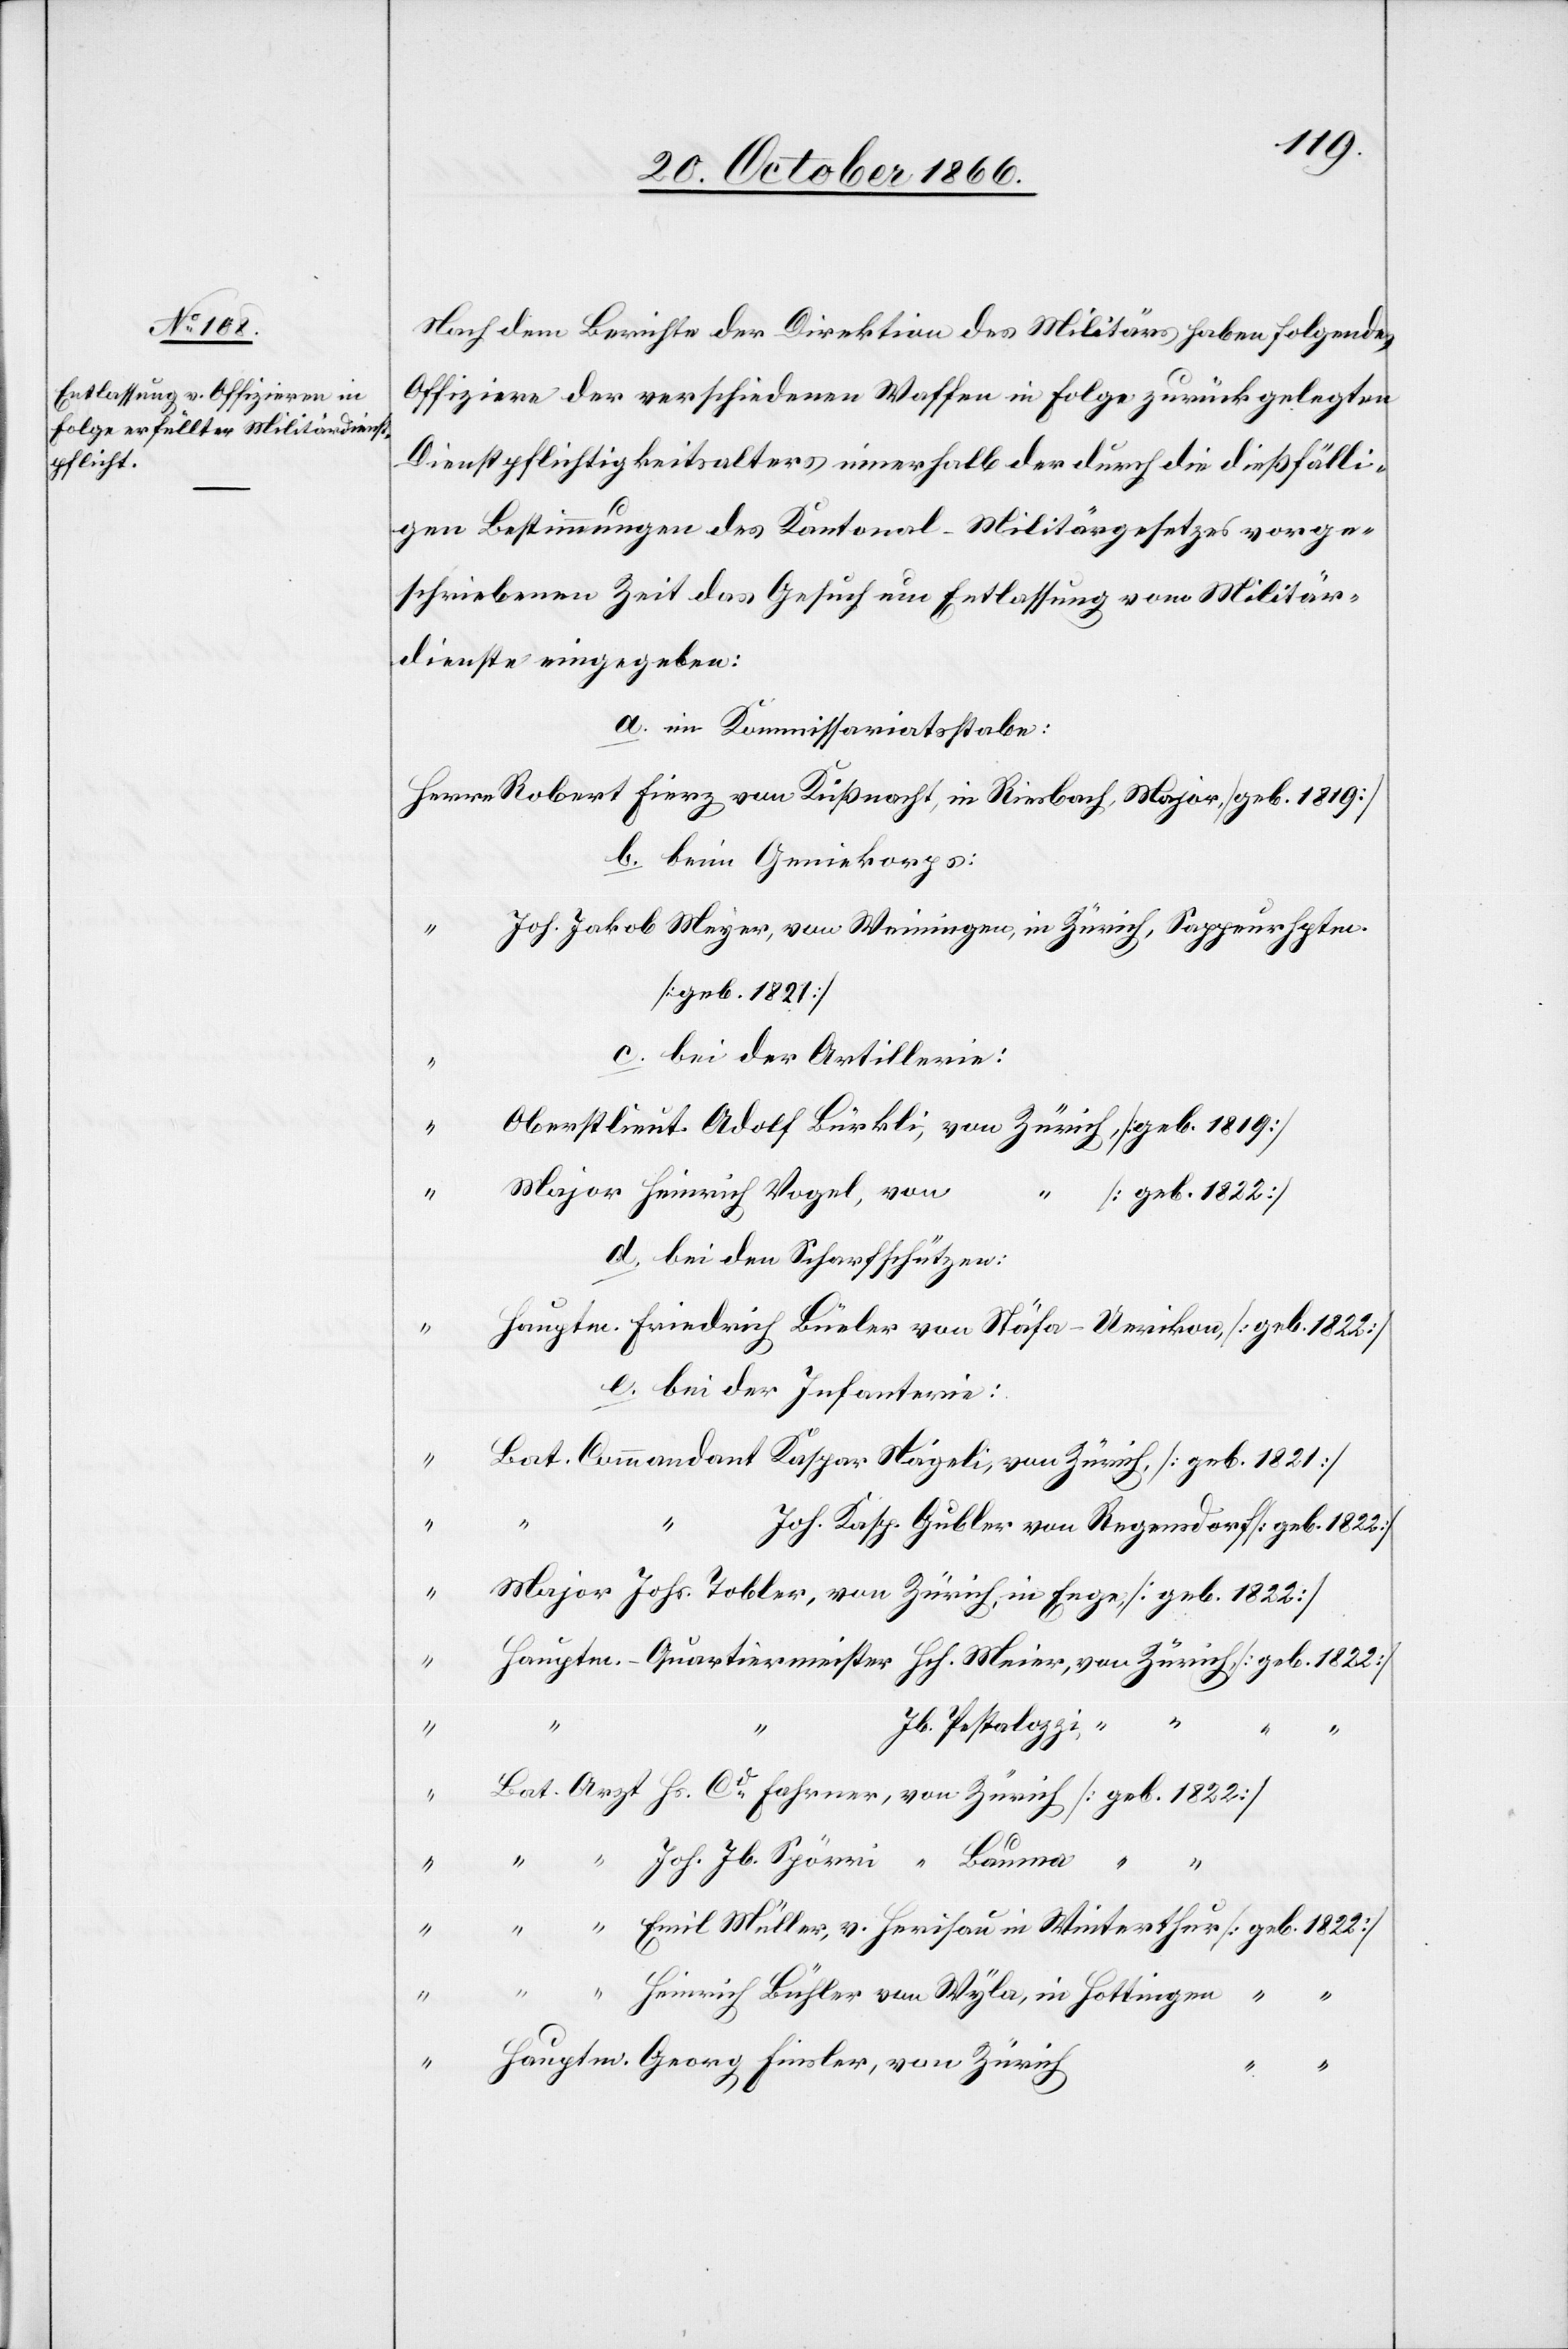
Nach dem Berichte der Direktion des Militärs haben folgende
Offiziere der verschiedenen Waffen in Folge zurückgelegten
Dienstpflichtigkeitsalters innerhalb der durch die dießfälli¬
gen Bestimmungen des Kantonal-Militärgesetzes vorge¬
schriebenen Zeit das Gesuch um Entlassung vom Militär¬
dienste eingegeben:
a. im Kommissariatsstabe:
Herrn Robert Fierz von Küßnacht, in Riesbach, Major. [geb. 1819]
b. beim Geniekorps:
Joh. Jakob Meyer, von Weiningen, in Zürich, Sappeurhptm.
[geb. 1821]
c. bei der Artillerie:
Oberstlieut. Adolf Bürkli, von Zürich, [geb. 1819]
Major Heinrich Vogel, von
“ [geb. 1822]
d. bei den Scharfschützen:
Hautpm. Friedrich Büeler von Stäfa-Uerikon, [geb. 1822]
e. bei der Infanterie:
Bat. Commandant Kaspar Nägeli, von Zürich, [geb. 1821]
Joh. Kasp. Gubler von Regensdorf [geb. 1822]
Major Johs. Tobler, von Zürich, in Enge, [geb. 1822]
Hauptm.-Quartiermeister Hch. Meier, von Zürich, [geb. 1822]
Jb. Pestalozzi, “
“ “ “
“
Bat. Arzt Hs. Cd. Fahrner, von Zürich [geb. 1822]
“ Joh. Jb. Spörri, “ Bauma “ “
“
“ “ Emil Müller, v. Herisau in Winterthur [geb. 1822]
“ Heinrich Bühler von Wyla, in Hottingen “ “
Hauptm. Georg Finsler, von Zürich
“ “